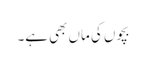
بچوں کی ماں بھی ہے۔